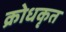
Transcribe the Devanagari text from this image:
क्रोधकृत